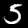
Digit: 5